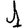
Digit: 1